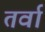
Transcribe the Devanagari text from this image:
तर्वा